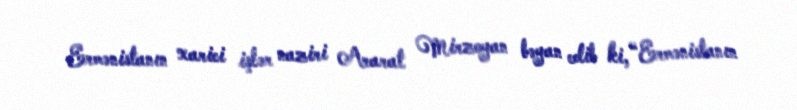
Ermənistanın xarici işlər naziri Ararat Mirzoyan bəyan edib ki, “Ermənistanın